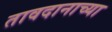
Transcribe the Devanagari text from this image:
तावदानाच्या